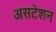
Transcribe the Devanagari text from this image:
असटेशन